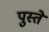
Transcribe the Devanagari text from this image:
पुस्ते